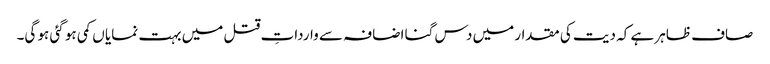
صاف ظاہر ہے کہ دیت کی مقدار میں دس گنا اضافہ سے وارداتِ قتل میں بہت نمایا ں کمی ہو گئی ہو گی۔